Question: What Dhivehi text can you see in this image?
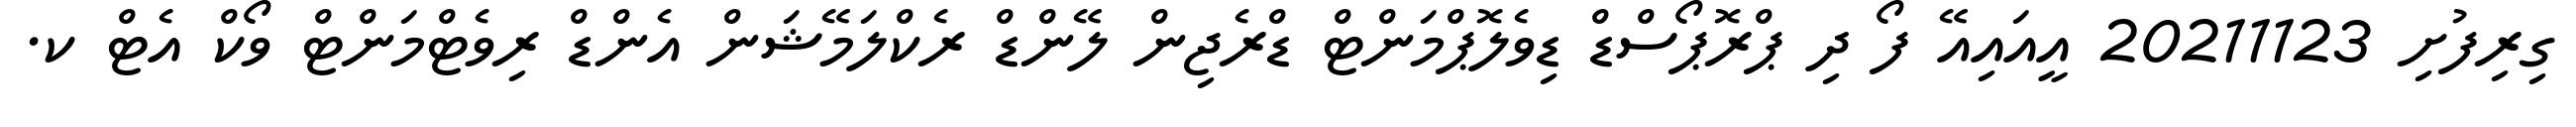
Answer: ގިރިފުށި 20211123 އީއައިއޭ ފޯ ދި ޕްރޮޕޯސްޑް ޑިވެލޮޕްމަންޓް ޑްރެޖިން ލޭންޑް ރެކްލަމޭޝަން އެންޑް ރިވެޓްމަންޓް ވޯކް އެޓް ކ.